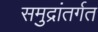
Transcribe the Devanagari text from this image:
समुद्रांतर्गत